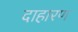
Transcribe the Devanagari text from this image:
दाहारण